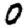
Digit: 0